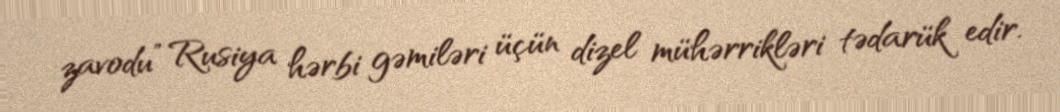
zavodu” Rusiya hərbi gəmiləri üçün dizel mühərrikləri tədarük edir.